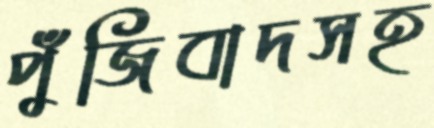
পুঁজিবাদসহ